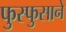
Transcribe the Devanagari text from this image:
फुस्फुसाने